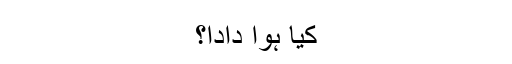
کیا ہوا دادا؟